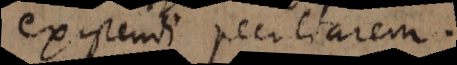
existendi peculiarem.